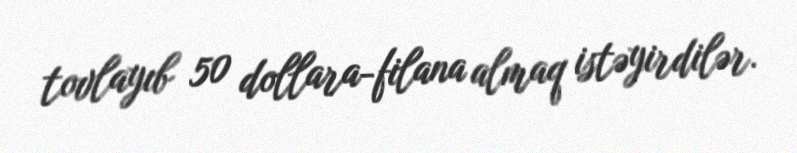
tovlayıb 50 dollara-filana almaq istəyirdilər.